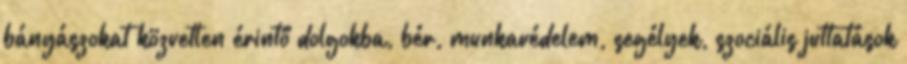
bányászokat közvetlen érintő dolgokba, bér, munkavédelem, segélyek, szociális juttatások